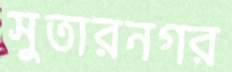
সুতারনগর